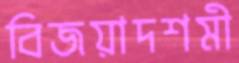
বিজয়াদশমী